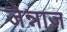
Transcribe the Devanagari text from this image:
जेन्नाज़